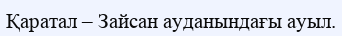
Қаратал – Зайсан ауданындағы ауыл.